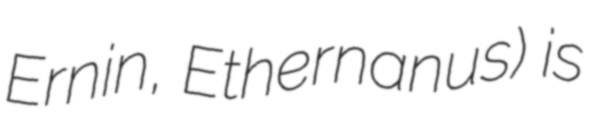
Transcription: Ernin, Ethernanus) is